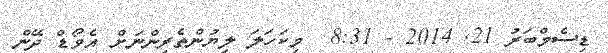
ޑިސެމްބަރު 21